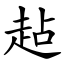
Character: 趈